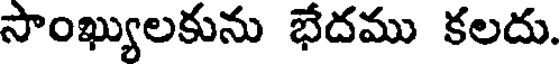
సాంఖ్యులకును భేదము కలదు.